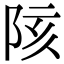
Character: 陔